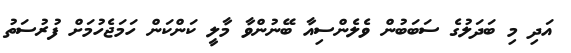
އަދި މި ބަދަލުގެ ސަބަބުން ވެލެންސިއާ ބޭނުންވާ މާލީ ކަންކަން ހަމަޖެހުމަށް ފުރުސަތު